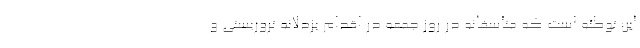
این توطئه است که متأسفانه در روز جمعه در اقدام بزدلانه تروریستی و